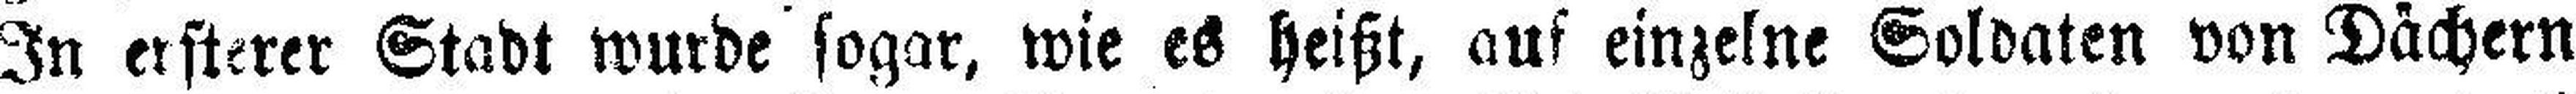
In ersterer Stadt wurde sogar, wie es heißt, auf einzelne Soldaten von Dächern